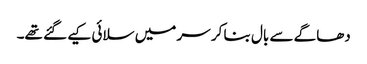
دھاگے سے بال بنا کر سر میں سلائی کیے گئے تھے۔